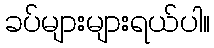
ခပ်များများရယ်ပါ။